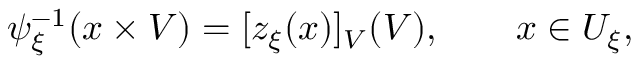
\psi _ { \xi } ^ { - 1 } ( x \times V ) = [ z _ { \xi } ( x ) ] _ { V } ( V ) , \qquad x \in U _ { \xi } ,